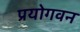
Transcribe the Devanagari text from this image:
प्रयोगवन